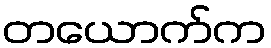
တယောက်က